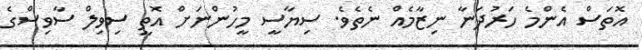
އޮތަސް އެންމެ ހަރުދަނާ ނިޒާމެއް ނެތެވެ. ސިޔާސީ މީހުންނަށް އޮތީ ސިވިލް ސާވިސްގެ